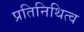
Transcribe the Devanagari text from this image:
प्रतिनिथित्व